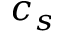
c _ { s }